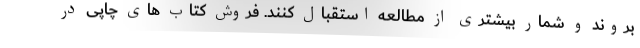
بروند و شمار بیشتری از مطالعه استقبال کنند. فروش کتاب های چاپی در